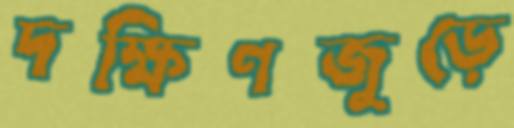
দক্ষিণজুড়ে